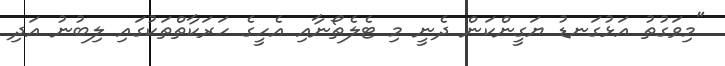
"މިވަގުތު އަޅުގަނޑު ޔަގީންކަން ދެނީ މި ޓެލެތޯނާއި އެހީގެ ހަރަކާތްތަކުގައި ލިބުނު އަދި